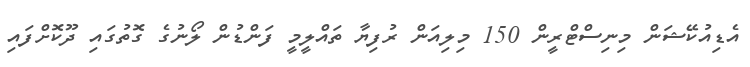
އެޑިއުކޭޝަން މިނިސްޓްރީން 150 މިލިއަން ރުފިޔާ ތައްލީމީ ފަންޑުން ލޯނުގެ ގޮތުގައި ދޫކޮށްފައި